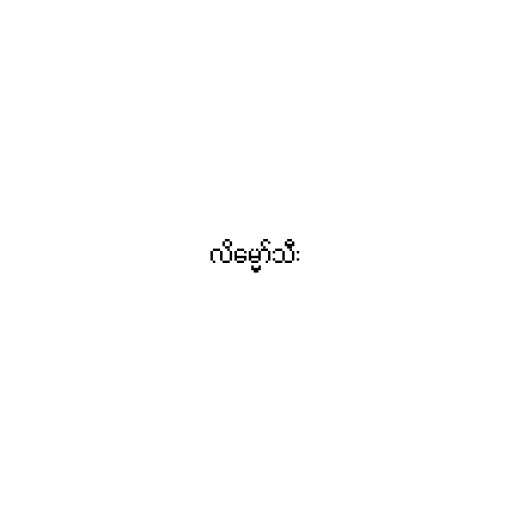
လိမ္မော်သီး